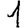
Digit: 1